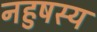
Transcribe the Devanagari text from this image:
नहुषस्य